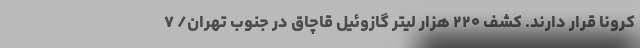
کرونا قرار دارند. کشف ۲۲۰ هزار لیتر گازوئیل قاچاق در جنوب تهران/ ۷